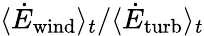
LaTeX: \langle\dot{E}_{\mathrm{wind}}\rangle_{t}/\langle\dot{E}_{\mathrm{turb}}\rangle_{t}